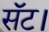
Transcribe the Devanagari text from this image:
सॅट।